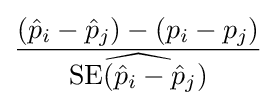
{\frac {({\hat {p}}_{i}-{\hat {p}}_{j})-(p_{i}-p_{j})}{\widehat {\operatorname {SE} ({\hat {p}}_{i}-{\hat {p}}_{j})}}}